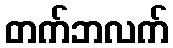
တက်ဘလက်